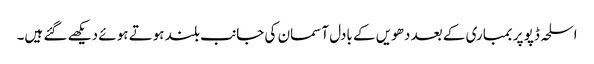
اسلحہ ڈپو پر بمباری کے بعد دھویں کے بادل آسمان کی جانب بلند ہوتے ہوئے دیکھے گئے ہیں۔